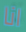
انا